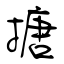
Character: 搪